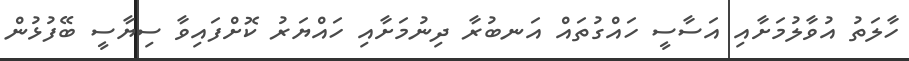
ހާލަތު އުވާލުމަށާއި އަސާސީ ހައްގުތައް އަނބުރާ ދިނުމަށާއި ހައްޔަރު ކޮށްފައިވާ ސިޔާސީ ބޭފުޅުން